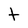
Character: t